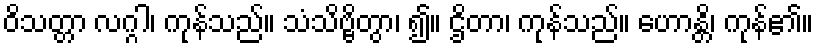
ဝိသတ္တာ လဂ္ဂါ၊ ကုန်သည်။ သံသိဗ္ဗိတွာ၊ ၍။ ဌိတာ၊ ကုန်သည်။ ဟောန္တိ၊ ကုန်၏။